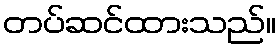
တပ်ဆင်ထားသည်။